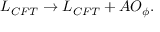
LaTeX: { \cal L } _ { C F T } \to { \cal L } _ { C F T } + A O _ { \phi } .